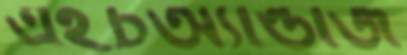
এইচঅ্যান্ডজি